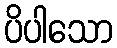
ပိပါသော